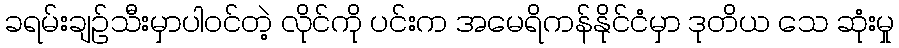
ခရမ်းချဉ်သီးမှာပါဝင်တဲ့ လိုင်ကို ပင်းက အမေရိကန်နိုင်ငံမှာ ဒုတိယ သေ ဆုံးမှု